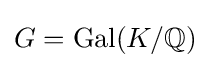
G={\text{Gal}}(K/\mathbb {Q} )